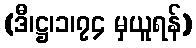
(ဒီ၊ဋ္ဌ၊၁၊၇၄ မှယူရန်)